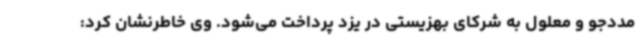
مددجو و معلول به شرکای بهزیستی در یزد پرداخت می‌شود. وی خاطرنشان کرد: